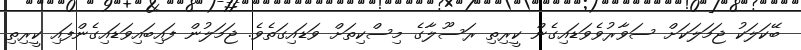
ބޭކަލަކު ޖަމަލަކަށް ސަވާރުވެވަޑައިގެން ކީރިތި ރަސޫލާގެ މިސްކިތަށް ވަޑައިގަތެވެ. ޖަމަލުން ފައިބައިވަޑައިގެންފައި ކީރިތި